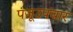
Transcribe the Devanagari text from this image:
पंजूउपचार